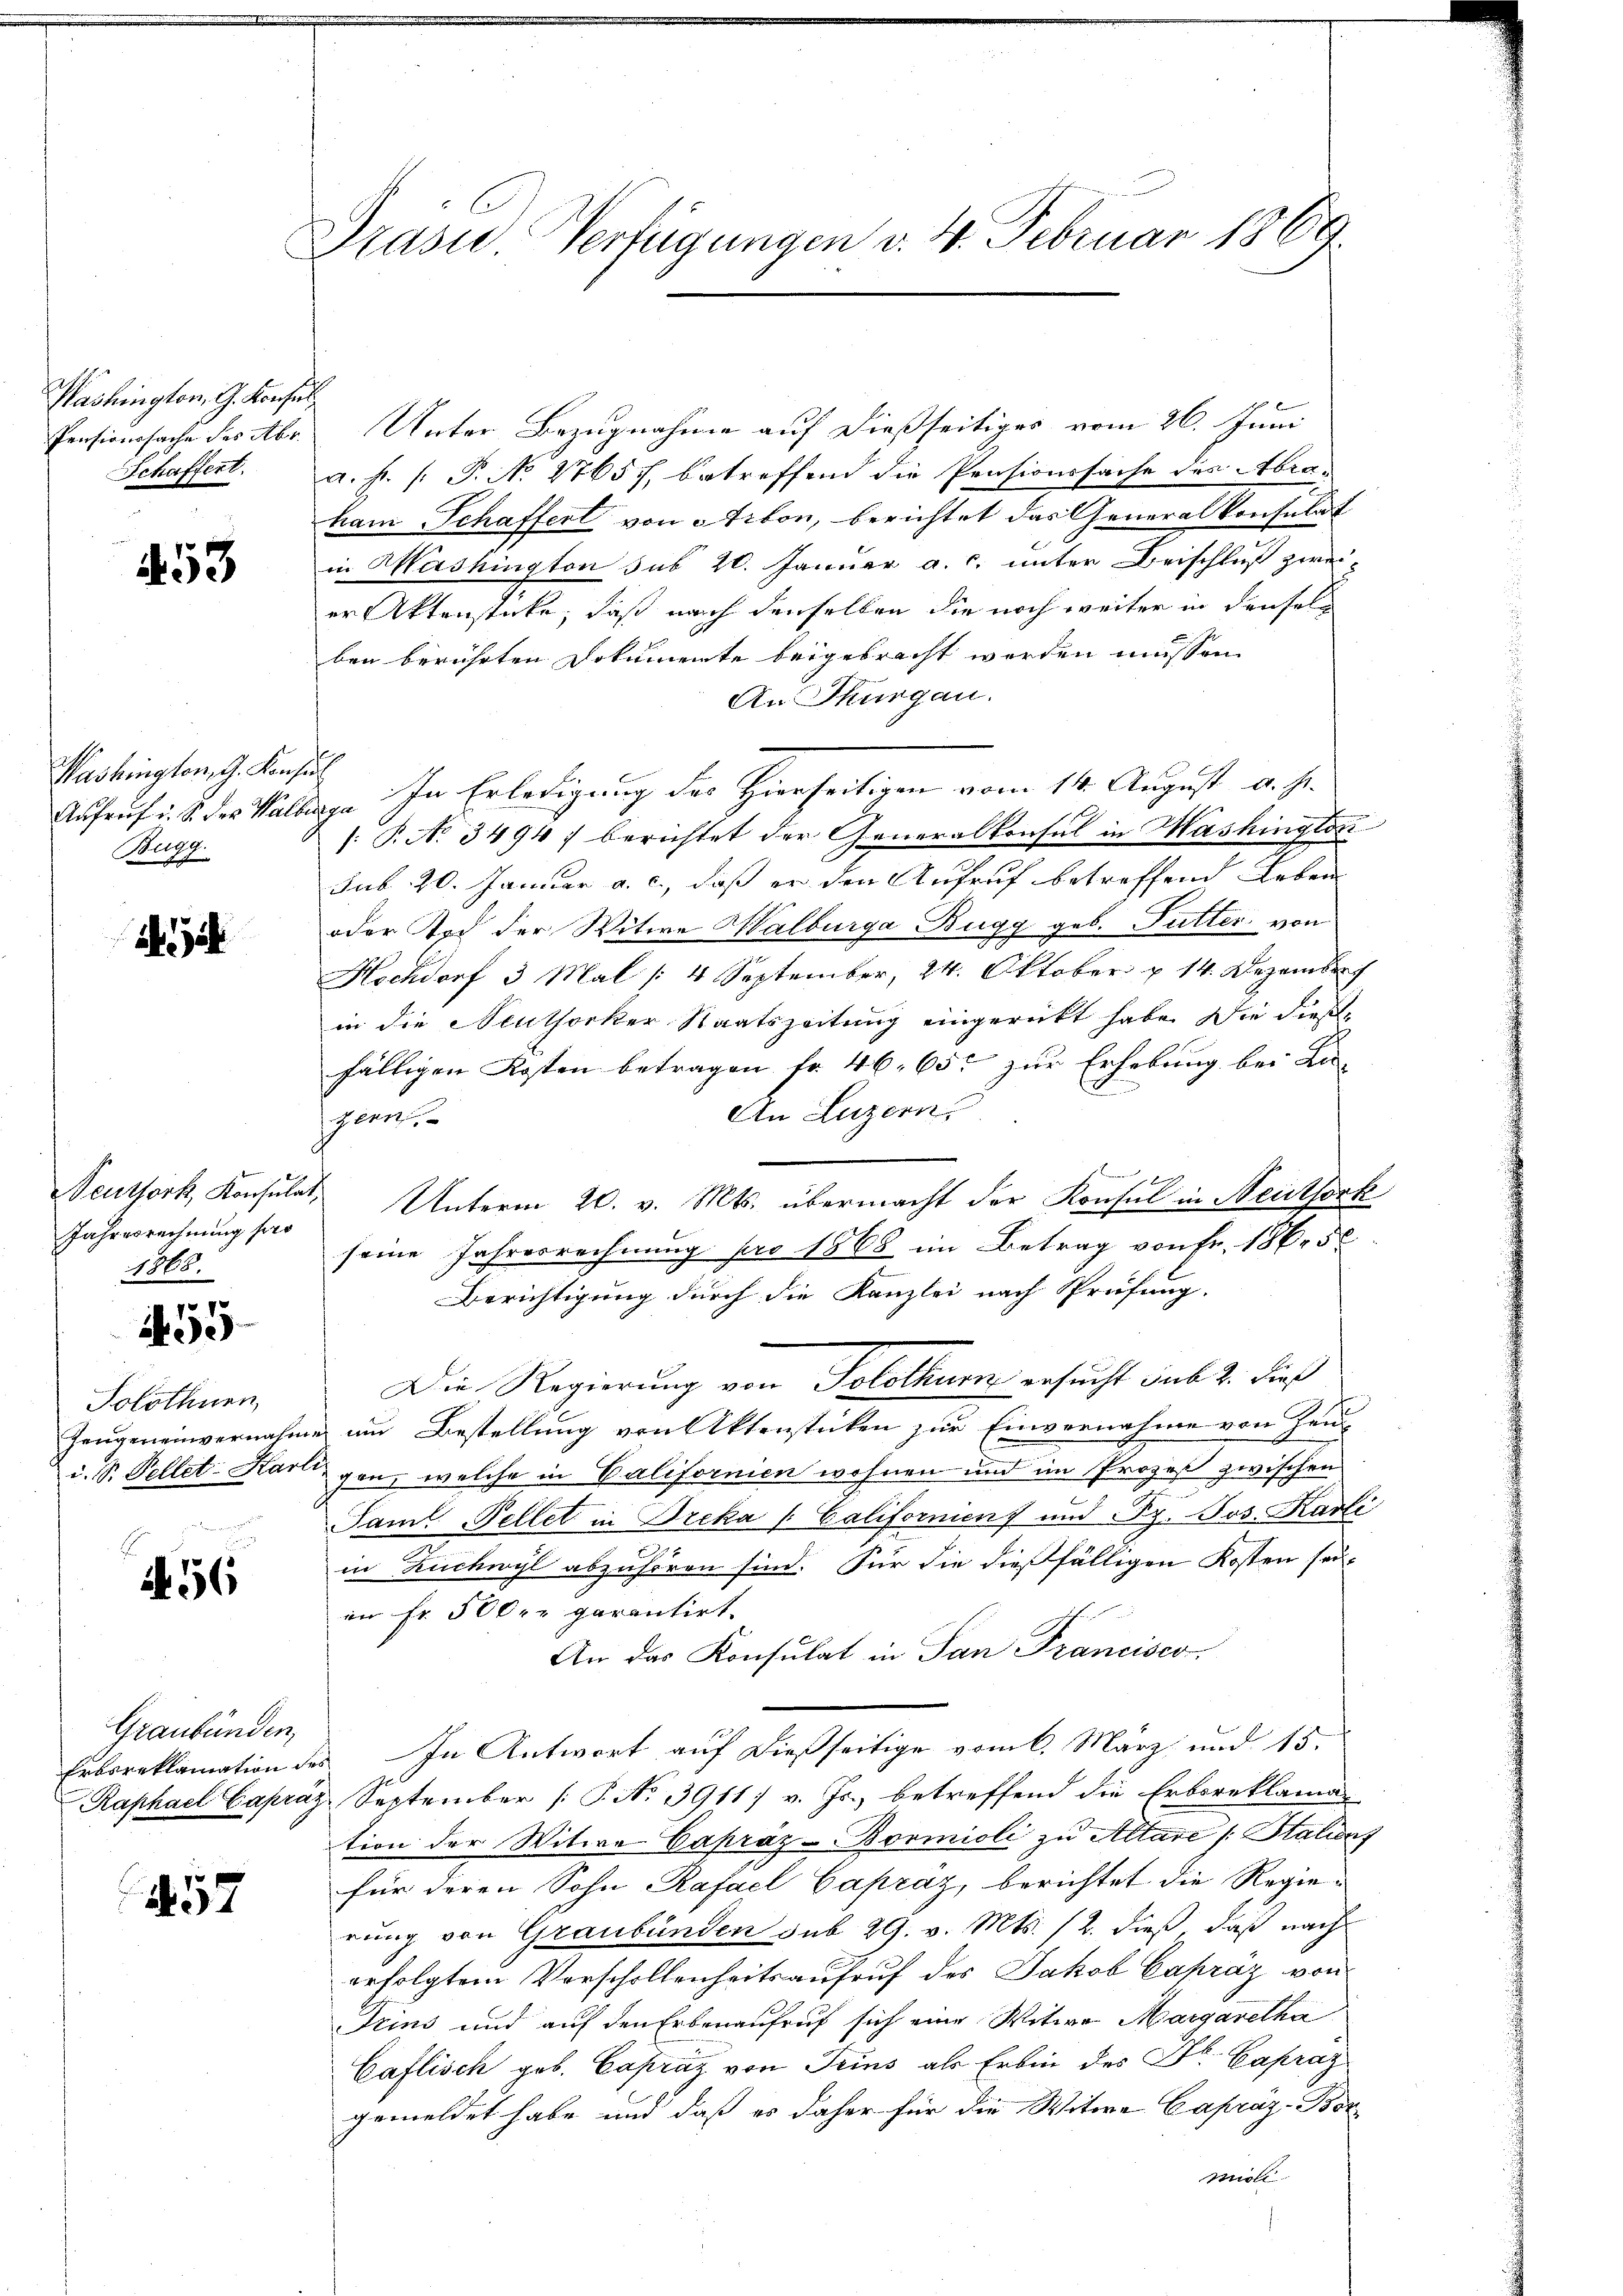
Washington, G. Konsul
Pensionssache des Abr

453

Washington, G. Konse
Aufruf u. S. des Halbe
Burg.

i

Seuthork, Konsulat,
Jahresrechnung pro
1868.

55

Solothuen,
Zeugeneinvernahm.
u. S. Pellet: Hart

A. 56

Graubünden,

57

Präsid. Verfügungen v. 4. Februar 1869.

Unter Bezugnahme auf dießseitiges vom 26. Juni
Schaffert. a. f. (: P. No 17657, betreffend die Pensionssache des Abra-
ham Schaffert von Arbon, berichtet das Generalkonsulat
in Washington sub 20. Januar a. c. unter Beischluß zweier Aktenstücke, daß nach denselben die noch weiter in densel
ben berührten Dokumente beigebracht werden müssen.
An Thurgau.
i
" In Erledigung des Hierseitigen vom 14. August d. J.
/: P. No. 3494) berichtet der Generalkonsul in Mashington
sub. 20. Januar a. c., daß er den Aufruf betreffend Leben
oder Tod der Witwe Halburga Bugg geb. Futter, von
Hochdorf 3 Mal [4 September, 24. Oktober u. 14. Dezember
in die Neuthorker Staatszeitung eingerückt habe. Die dießfälligen Kosten betragen fr. 46. 65 zur Erhebung bei La-
An Luzern,
genn
Unterm 20. v. Mts. übermacht der Konsul in Neuthork
seine Jahresrechnung pro 1868 im Betrag von Fr. 1865
Berichtigung durch die Kanzlei nach Prüfung.
Die Regierung von Solothur ersucht sub 2. dieß
e und Bestellung von Aktenstücken zur Einvernahme von Haus
egen, welche in Californien wohnen und im Prozeß zwischen
Saml Fellet in Dreka / Californien und Py. Jos. Karli
e
in Ruchwyl abzuhören sind. Für die dießfälligen Kosten sei-
im fr. 500 r. garantirt.
An das Konsulat in San Francisco
Erbsreklamation des In Antwort auf dießseitige vom 6. März und 15.
Raphael Capraz. September [P. No 3911 v. Js., betreffend die Erboreklaman
tion der Witwe Capráz-Bormioli zu Altare /: Stations
für deren Sohn Rafael Capráz, berichtet die Regierung von Graubünden sub 29. v. Mts. 12. dieß, daß nach
erfolgtem Verschollenheitsaufruf des Jakob Capräz von
Trins und auf den Erbenaufruf sich eine Witwe Margaretha
Caflisch geb. Capraz von Seins als Erben des Dr. Capraz
gemeldet habe und daß es daher für die Witwe Capráz-Borpoll